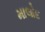
માલોદ